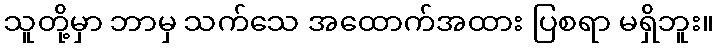
သူတို့မှာ ဘာမှ သက်သေ အထောက်အထား ပြစရာ မရှိဘူး။